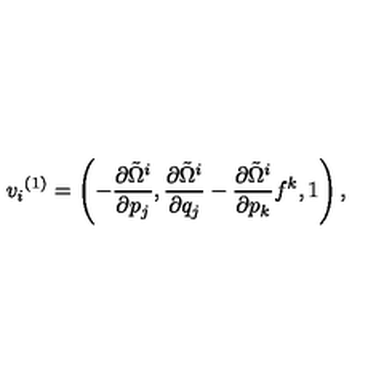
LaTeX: { v _ { i } } ^ { ( 1 ) } = \left( - { \frac { \partial { \tilde { \Omega } } ^ { i } } { \partial p _ { j } } } , { \frac { \partial { \tilde { \Omega } } ^ { i } } { \partial q _ { j } } } - { \frac { \partial { \tilde { \Omega } } ^ { i } } { \partial p _ { k } } } f ^ { k } , 1 \right) ,